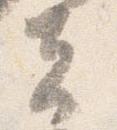
夫